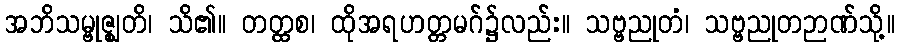
အဘိသမ္ဗုဇ္ဈတိ၊ သိ၏။ တတ္ထစ၊ ထိုအရဟတ္တမဂ်၌လည်း။ သဗ္ဗညုတံ၊ သဗ္ဗညုတဉာဏ်သို့။